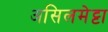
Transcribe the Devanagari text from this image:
असिलमेट्टा